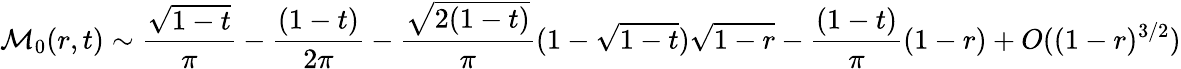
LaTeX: \mathcal{M}_{0}(r,t)\sim\frac{\sqrt{1-t}}{\pi}-\frac{(1-t)}{2\pi}-\frac{\sqrt{2(1-t)}}{\pi}(1-\sqrt{1-t})\sqrt{1-r}-\frac{(1-t)}{\pi}(1-r)+O((1-r)^{3/2})